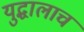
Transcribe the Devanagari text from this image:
युद्धालाच